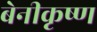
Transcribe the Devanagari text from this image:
बेनीकृष्ण